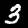
Label: 3